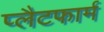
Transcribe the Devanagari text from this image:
प्‍लैटफार्म